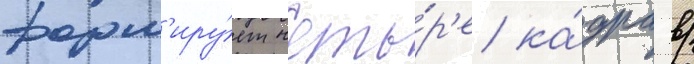
форм'иру́ет четы́р'е ка́дра в